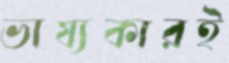
ভাষ্যকারই